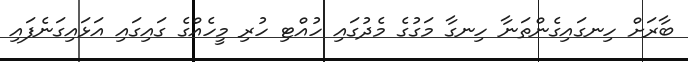
ބާރަށް ހިނގައިގެންތަނާ ހިނގާ މަގުގެ މެދުގައި ހުއްޓި ހުރި މީހެއްގެ ގައިގައި އަޅައިގަނެފައި